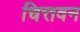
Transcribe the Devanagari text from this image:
चित्तवन